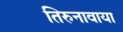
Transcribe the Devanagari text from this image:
तिरुनावाया